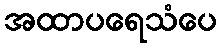
အထာပရေသံပေ